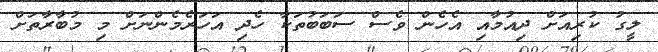
ލީގު ކުރިއަށް ދިއުމާއި އެހެން ވެސް ސަބަބުތަކާ ހެދި އަހަރެމެންނަށް މި މުބާރާތަށް